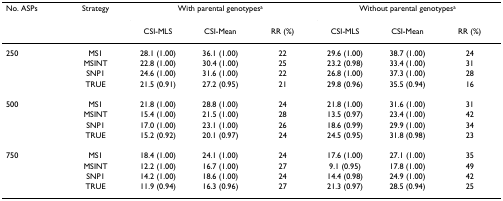
<table><thead><tr><td><b>No. ASPs</b></td><td><b>Strategy</b></td><td colspan="3"><b>With parental genotypes<sup>a</sup></b></td><td colspan="3"><b>Without parental genotypes<sup>a</sup></b></td></tr><tr><td></td><td></td><td><b>CSI-MLS</b></td><td><b>CSI-Mean</b></td><td><b>RR (%)</b></td><td><b>CSI-MLS</b></td><td><b>CSI-Mean</b></td><td><b>RR (%)</b></td></tr></thead><tbody><tr><td>250</td><td>MS1</td><td>28.1 (1.00)</td><td>36.1 (1.00)</td><td>22</td><td>29.6 (1.00)</td><td>38.7 (1.00)</td><td>24</td></tr><tr><td></td><td>MSINT</td><td>22.8 (1.00)</td><td>30.4 (1.00)</td><td>25</td><td>23.2 (0.98)</td><td>33.4 (1.00)</td><td>31</td></tr><tr><td></td><td>SNP1</td><td>24.6 (1.00)</td><td>31.6 (1.00)</td><td>22</td><td>26.8 (1.00)</td><td>37.3 (1.00)</td><td>28</td></tr><tr><td></td><td>TRUE</td><td>21.5 (0.91)</td><td>27.2 (0.95)</td><td>21</td><td>29.8 (0.96)</td><td>35.5 (0.94)</td><td>16</td></tr><tr><td>500</td><td>MS1</td><td>21.8 (1.00)</td><td>28.8 (1.00)</td><td>24</td><td>21.8 (1.00)</td><td>31.6 (1.00)</td><td>31</td></tr><tr><td></td><td>MSINT</td><td>15.4 (1.00)</td><td>21.5 (1.00)</td><td>28</td><td>13.5 (0.97)</td><td>23.4 (1.00)</td><td>42</td></tr><tr><td></td><td>SNP1</td><td>17.0 (1.00)</td><td>23.1 (1.00)</td><td>26</td><td>18.6 (0.99)</td><td>29.9 (1.00)</td><td>34</td></tr><tr><td></td><td>TRUE</td><td>15.2 (0.92)</td><td>20.1 (0.97)</td><td>24</td><td>24.5 (0.95)</td><td>31.8 (0.98)</td><td>23</td></tr><tr><td>750</td><td>MS1</td><td>18.4 (1.00)</td><td>24.1 (1.00)</td><td>24</td><td>17.6 (1.00)</td><td>27.1 (1.00)</td><td>35</td></tr><tr><td></td><td>MSINT</td><td>12.2 (1.00)</td><td>16.7 (1.00)</td><td>27</td><td>9.1 (0.95)</td><td>17.8 (1.00)</td><td>49</td></tr><tr><td></td><td>SNP1</td><td>14.2 (1.00)</td><td>18.6 (1.00)</td><td>24</td><td>14.4 (0.98)</td><td>24.9 (1.00)</td><td>42</td></tr><tr><td></td><td>TRUE</td><td>11.9 (0.94)</td><td>16.3 (0.96)</td><td>27</td><td>21.3 (0.97)</td><td>28.5 (0.94)</td><td>25</td></tr></tbody></table>